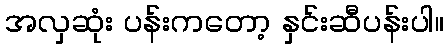
အလှဆုံး ပန်းကတော့ နှင်းဆီပန်းပါ။